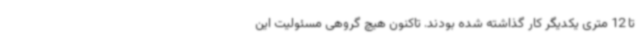
تا 12 متری یکدیگر کار گذاشته شده بودند. تاکنون هیچ گروهی مسئولیت این